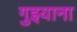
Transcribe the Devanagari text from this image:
गुइयाना